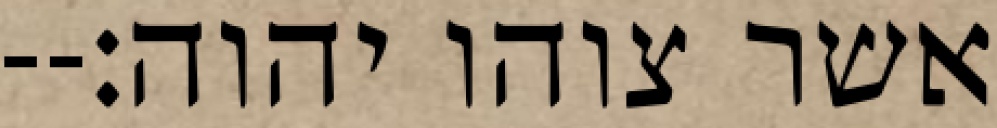
אשר צוהו יהוה׃--